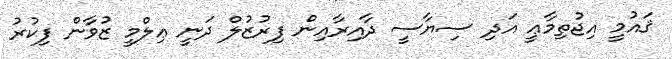
ޤައުމީ އިޖުތިމާޢީ އަދި ސިޔާސީ ދާއިރާއިން ފިރުޒުލް ދަނީ ޢިލްމީ ޒުވާން ފިކުރު